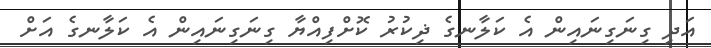
އަދި ގިނަގިނައިން އެ ކަލާނގެ ޛިކުރު ކޮށްފިއްޔާ ގިނަގިނައިން އެ ކަލާނގެ އަށް